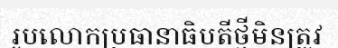
រូបលោកប្រធានាធិបតីថ្មីមិនត្រូវ